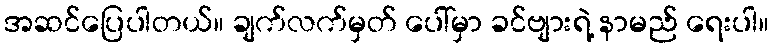
အဆင်ပြေပါတယ်။ ချက်လက်မှတ် ပေါ်မှာ ခင်ဗျားရဲ့ နာမည် ရေးပါ။